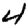
Digit: 4